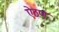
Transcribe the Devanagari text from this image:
ऐठण